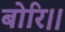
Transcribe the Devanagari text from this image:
बोरि।।